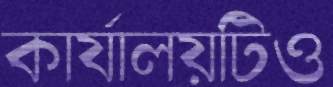
কার্যালয়টিও